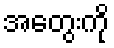
အတွေးကို